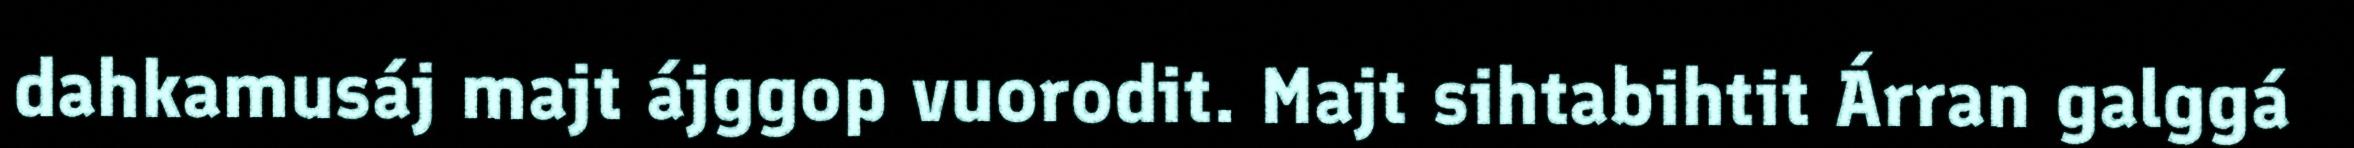
dahkamusáj majt ájggop vuorodit. Majt sihtabihtit Árran galggá